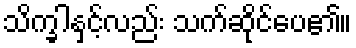
သိက္ခါနှင့်လည်း သက်ဆိုင်ပေ၏။